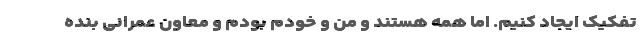
تفکیک ایجاد کنیم. اما همه هستند و من و خودم بودم و معاون عمرانی بنده